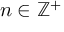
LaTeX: n \in \mathbb { Z } ^ { + }